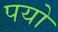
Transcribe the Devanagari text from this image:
पयो